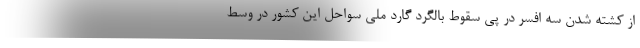
از کشته شدن سه افسر در پی سقوط بالگرد گارد ملی سواحل این کشور در وسط